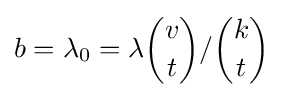
b=\lambda _{0}=\lambda {v \choose t}/{k \choose t}